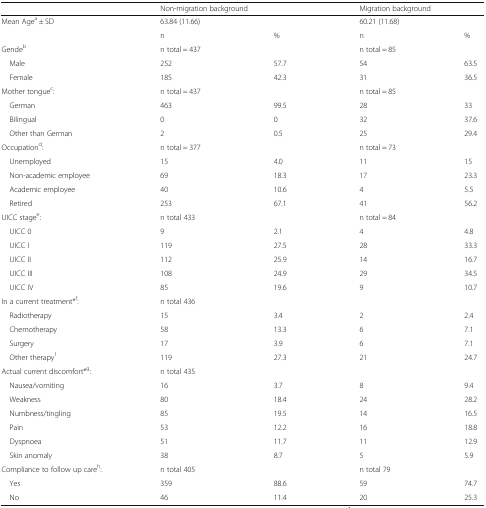
<table><thead><tr><td>[EMPTY_CELL]</td><td colspan="2"><b>Non-migration background</b></td><td colspan="2"><b>Migration background</b></td></tr></thead><tbody><tr><td>Mean Age<sup>a</sup> ± SD</td><td>63.84 (11.66)</td><td>[EMPTY_CELL]</td><td>60.21 (11.68)</td><td>[EMPTY_CELL]</td></tr><tr><td>[EMPTY_CELL]</td><td>n</td><td>%</td><td>n</td><td>%</td></tr><tr><td>Gende<sup>b</sup></td><td>n total = 437</td><td>[EMPTY_CELL]</td><td>n total = 85</td><td>[EMPTY_CELL]</td></tr><tr><td> Male</td><td>252</td><td>57.7</td><td>54</td><td>63.5</td></tr><tr><td> Female</td><td>185</td><td>42.3</td><td>31</td><td>36.5</td></tr><tr><td>Mother tongue<sup>c</sup>:</td><td>n total = 437</td><td>[EMPTY_CELL]</td><td>n total = 85</td><td>[EMPTY_CELL]</td></tr><tr><td> German</td><td>463</td><td>99.5</td><td>28</td><td>33</td></tr><tr><td> Bilingual</td><td>0</td><td>0</td><td>32</td><td>37.6</td></tr><tr><td> Other than German</td><td>2</td><td>0.5</td><td>25</td><td>29.4</td></tr><tr><td>Occupation<sup>d</sup>:</td><td>n total = 377</td><td>[EMPTY_CELL]</td><td>n total = 73</td><td>[EMPTY_CELL]</td></tr><tr><td> Unemployed</td><td>15</td><td>4.0</td><td>11</td><td>15</td></tr><tr><td> Non-academic employee</td><td>69</td><td>18.3</td><td>17</td><td>23.3</td></tr><tr><td> Academic employee</td><td>40</td><td>10.6</td><td>4</td><td>5.5</td></tr><tr><td> Retired</td><td>253</td><td>67.1</td><td>41</td><td>56.2</td></tr><tr><td>UICC stage<sup>e</sup>:</td><td>n total 433</td><td>[EMPTY_CELL]</td><td>n total = 84</td><td>[EMPTY_CELL]</td></tr><tr><td> UICC 0</td><td>9</td><td>2.1</td><td>4</td><td>4.8</td></tr><tr><td> UICC I</td><td>119</td><td>27.5</td><td>28</td><td>33.3</td></tr><tr><td> UICC II</td><td>112</td><td>25.9</td><td>14</td><td>16.7</td></tr><tr><td> UICC III</td><td>108</td><td>24.9</td><td>29</td><td>34.5</td></tr><tr><td> UICC IV</td><td>85</td><td>19.6</td><td>9</td><td>10.7</td></tr><tr><td>In a current treatment*<sup>f</sup>:</td><td>n total 436</td><td>[EMPTY_CELL]</td><td>[EMPTY_CELL]</td><td>[EMPTY_CELL]</td></tr><tr><td> Radiotherapy</td><td>15</td><td>3.4</td><td>2</td><td>2.4</td></tr><tr><td> Chemotherapy</td><td>58</td><td>13.3</td><td>6</td><td>7.1</td></tr><tr><td> Surgery</td><td>17</td><td>3.9</td><td>6</td><td>7.1</td></tr><tr><td> Other therapy<sup>1</sup></td><td>119</td><td>27.3</td><td>21</td><td>24.7</td></tr><tr><td>Actual current discomfort*<sup>g</sup>:</td><td>n total 435</td><td>[EMPTY_CELL]</td><td>[EMPTY_CELL]</td><td>[EMPTY_CELL]</td></tr><tr><td> Nausea/vomiting</td><td>16</td><td>3.7</td><td>8</td><td>9.4</td></tr><tr><td> Weakness</td><td>80</td><td>18.4</td><td>24</td><td>28.2</td></tr><tr><td> Numbness/tingling</td><td>85</td><td>19.5</td><td>14</td><td>16.5</td></tr><tr><td> Pain</td><td>53</td><td>12.2</td><td>16</td><td>18.8</td></tr><tr><td> Dyspnoea</td><td>51</td><td>11.7</td><td>11</td><td>12.9</td></tr><tr><td> Skin anomaly</td><td>38</td><td>8.7</td><td>5</td><td>5.9</td></tr><tr><td>Compliance to follow up care<sup>h</sup>:</td><td>n total 405</td><td>[EMPTY_CELL]</td><td>n total 79</td><td>[EMPTY_CELL]</td></tr><tr><td> Yes</td><td>359</td><td>88.6</td><td>59</td><td>74.7</td></tr><tr><td> No</td><td>46</td><td>11.4</td><td>20</td><td>25.3</td></tr></tbody></table>